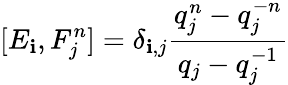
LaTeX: [E_{\mathbf{i}},F_{j}^{n}]=\delta_{\mathbf{i},j}\frac{{q_{j}^{n}-q_{j}^{-n}}}{{q_{j}-q_{j}^{-1}}}